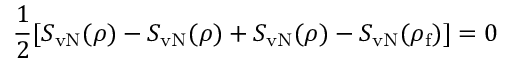
\frac { 1 } { 2 } [ S _ { \mathrm { v N } } ( \rho ) - S _ { \mathrm { v N } } ( \rho ) + S _ { \mathrm { v N } } ( \rho ) - S _ { \mathrm { v N } } ( \rho _ { \mathrm { f } } ) ] = 0